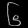
Digit: ၆